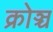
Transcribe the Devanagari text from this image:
क्रोञ्च